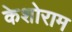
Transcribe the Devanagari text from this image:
केशोराम